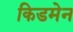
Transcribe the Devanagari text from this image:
किडमेन